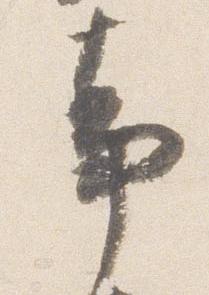
事